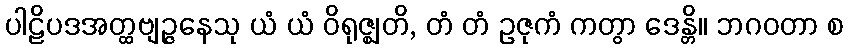
ပါဠိပဒအတ္ထဗျဉ္ဇနေသု ယံ ယံ ဝိရုဇ္ဈတိ, တံ တံ ဥဇုကံ ကတွာ ဒေန္တိ။ ဘဂဝတာ စ